Annual administration report of the Civil Veterinary Department of India - 1901-1902
Year: 1901
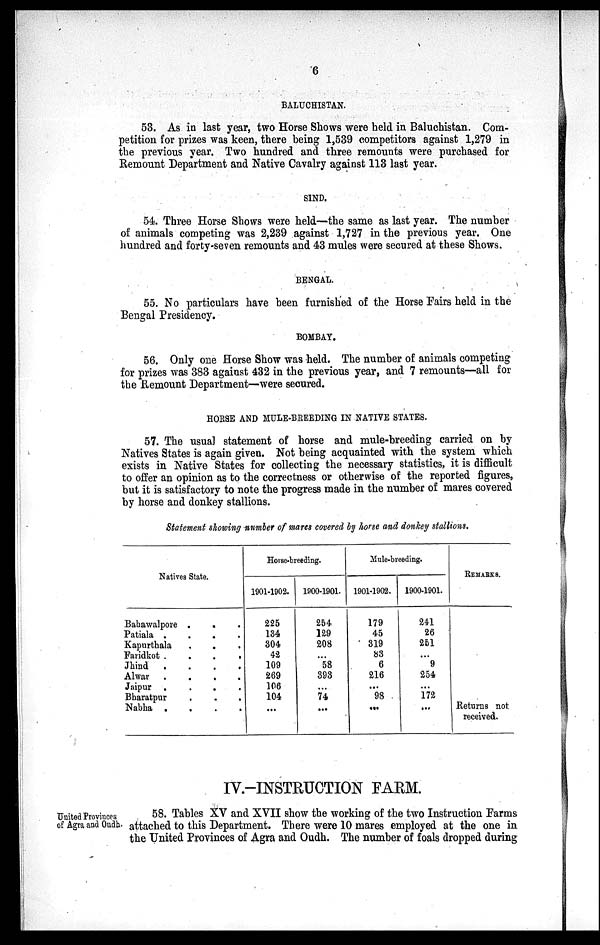
6
BALUCHISTAN.
53. As in last year, two Horse Shows were held in Baluchistan. Com-
petition for prizes was keen, there being 1,539 competitors against 1,279 in
the previous year. Two hundred and three remounts were purchased for
Remount Department and Native Cavalry against 113 last year.
SIND.
54. Three Horse Shows were held—the same as last year. The number
of animals competing was 2,239 against 1,727 in the previous year. One
hundred and forty-seven remounts and 43 mules were secured at these Shows.
BENGAL.
55. No particulars have been furnished of the Horse Fairs held in the
Bengal Presidency.
BOMBAY.
56. Only one Horse Show was held. The number of animals competing
for prizes was 383 against 432 in the previous year, and 7 remounts—all for
the Remount Department—were secured.
HORSE AND MULE-BREEDING IN NATIVE STATES.
57. The usual statement of horse and mule-breeding carried on by
Natives States is again given. Not being acquainted with the system which
exists in Native States for collecting the necessary statistics, it is difficult
to offer an opinion as to the correctness or otherwise of the reported figures,
but it is satisfactory to note the progress made in the number of mares covered
by horse and donkey stallions.
Statement showing number of mares covered by horse and donkey stallions.
Natives State.
Bahawalpore .
. .
Patiala
.
.
.
.
Kapurthala
.
. .
Faridkot
.
.
.
.
Jhind
.
.
.
.
Alwar
.
.
.
.
Jaipur . . . .
Bharatpur . . .
Nablia . . . .
Horse-breeding.
1901-1902.
225
134
304
42
109
269
106
104
...
1900-1901.
254
129
208
...
58
393
...
74
...
Mule-breeding.
1901-1902.
179
45
319
83
6
216
...
98
...
1900-1901.
241
26
251
...
9
254
...
172
...
REMARKS.
Returns not
received.
IV-INSTRUCTION FARM.
United Provinces
of Agra and Oudh.
58. Tables XV and XVII show the working of the two Instruction Farms
attached to this Department. There were 10 mares employed at the one in
the United Provinces of Agra and Oudh. The number of foals dropped during